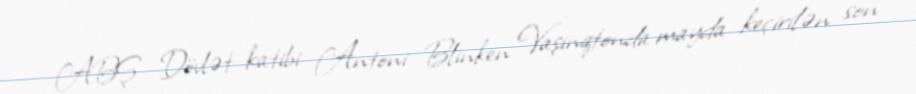
ABŞ Dövlət katibi Antoni Blinken Vaşinqtonda mayda keçirilən son